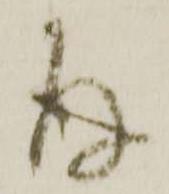
存